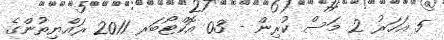
5 އަހަރު 2 މަސް ކުރިން - 03 އޮކްޓޯބަރ 2011 ރައްޔިތުންގެ